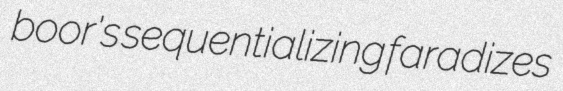
boor's sequentializing faradizes